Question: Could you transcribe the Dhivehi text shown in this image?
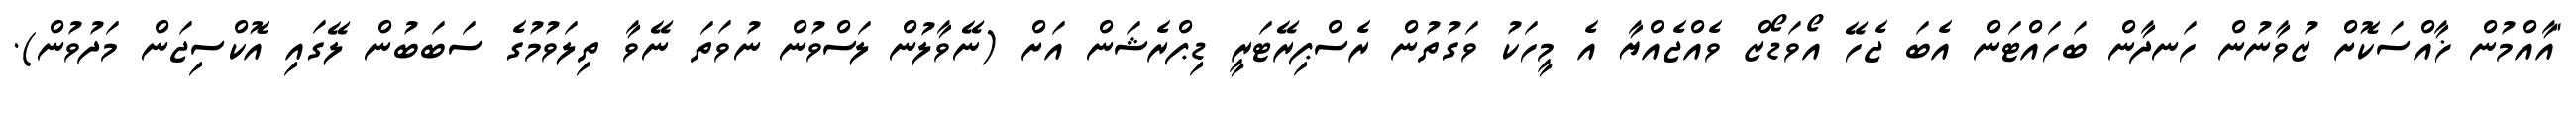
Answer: "އާއްމުން ޚާއްސަކޮށް ޒުވާނުން ހަނދާން ބަހައްޓަން އެބަ ޖެހޭ އޯވަޑޯޒް ވެއްޖެއްޔާ އެ މީހަކު ވަގުތުން ރެސްޕިރޭޓަރީ ޑިޕްރެޝަން އަށް (ނޭވާލުން ލަސްވުން ނުވަތަ ނޭވާ ތިލަވުމުގެ ސަބަބުން ލޭގައި އޮކްސިޖަން މަދުވުން).